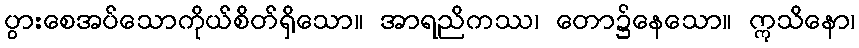
ပွားစေအပ်သောကိုယ်စိတ်ရှိသော။ အာရညိကဿ၊ တော၌နေသော။ ဣသိနော၊